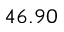
4 6 . 9 0